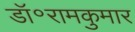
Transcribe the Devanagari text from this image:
डॉ॰रामकुमार